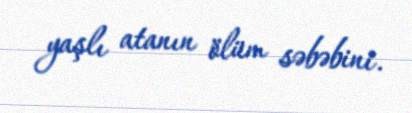
yaşlı atanın ölüm səbəbini.